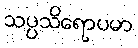
သပ္ပသိရောပမာ